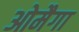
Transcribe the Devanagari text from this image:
ओमैगा